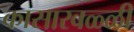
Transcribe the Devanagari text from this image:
कासारवळ्ळी